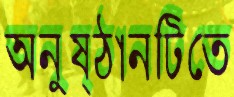
অনুষ্ঠানটিতে